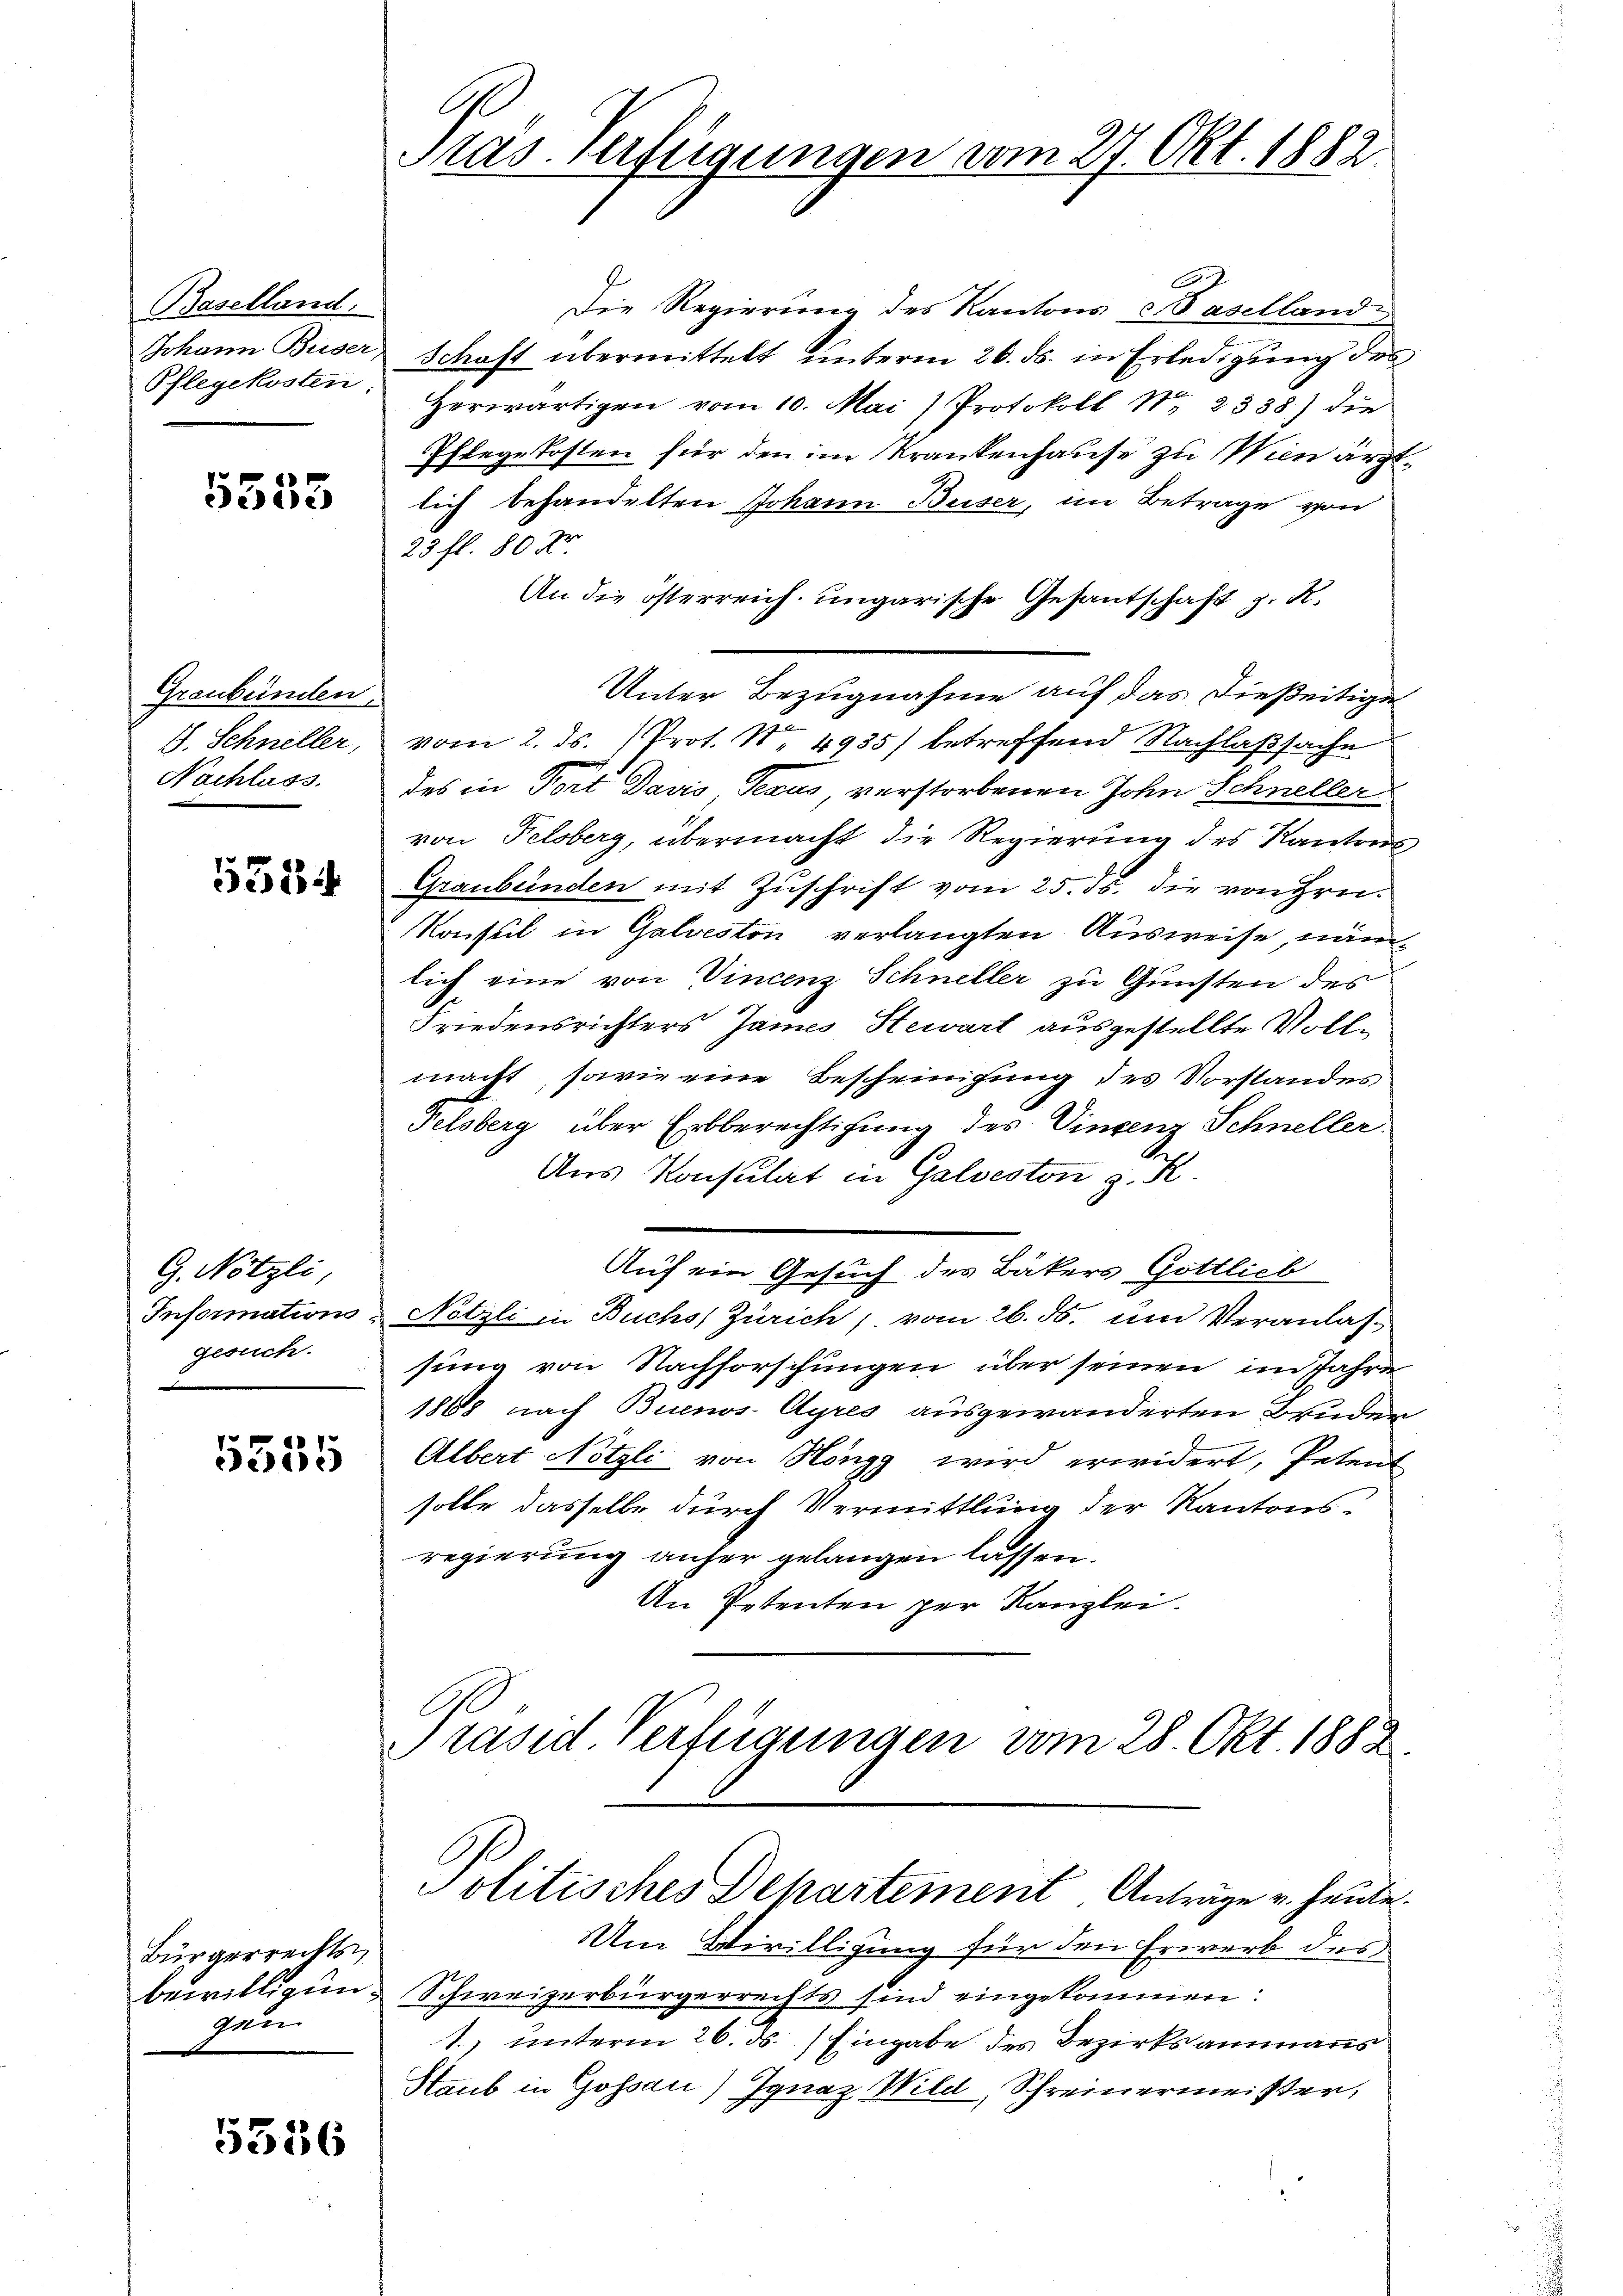
Baselland,
Pflegekosten:

5553

Graubünden.
Nachlass.

5534

G. Nötzli
gesuch.

5555

Bürgerrechts
gen

5356

C.
Pras. Verfügungen vom 27. Okt. 1882

Die Regierung des Kantons Baselland
Johann Buser Schaft übermittelt unterm 20. ds. in Erledigung des
Herwärtigen vom 10. Mai) Protokoll N. 2338) die
Pflegekosten für den im Krankenhause zu Wien ärztlich behandelten Johann Beiser, im Betrage von
23 fl. 80 Xr
An die österreich ungarische Gesandschaft z. R.
Unter Bezugnahme auf das dießeitige
.
S. Schneller, vom 2. ds. (Prot. No. 4935) betreffend Nachlaßsache
des in Fort Davis Texas verstorbenen John Schneller
von Felsberg, übermacht die Regierung des Kantons¬
Graubünden mit Zuschrift vom 25. ds. die von Hrn.
Konsul in Galveston verlangten Ausweise, nämlich eine von Vincenz Schneller zu Gunsten des
Friedensrichters James Stewart ausgestellte Vollmacht, sowie eine Bescheinigung des Vorstandes
Felsberg über Erbberechtigung des Vincenz Schneller.
Aus Konsulat in Galveston z. R.
Auf ein Gesuch des Bäkers Gottlieb
Informations- Netzli in Buchs Zürich, vom 26. ds. um Veranlassung von Nachforschungen über seinen im Jahre
1808 nach Buenos-Ayres ausgewanderten Bruder
Albert Nötzli von Höngg wird erwidert, Petent
solle dasselbe durch Vermittlung der Kantonsregierung anher gelangen lassen.
An Petenten per Kanzlei.
C
Präsid. Verfügungen vom 28. Okt. 1882.
Politisches Departement Anträge v. heute.
Um Wiwilligung für den Erwerb des
bewilligung Schweizerbürgerrechts sind eingekommen:
1. unterm 26. ds. Eingabe des Bezirksammanns
Staub in Gossau) Ignaz Wild, Schreinermeister,